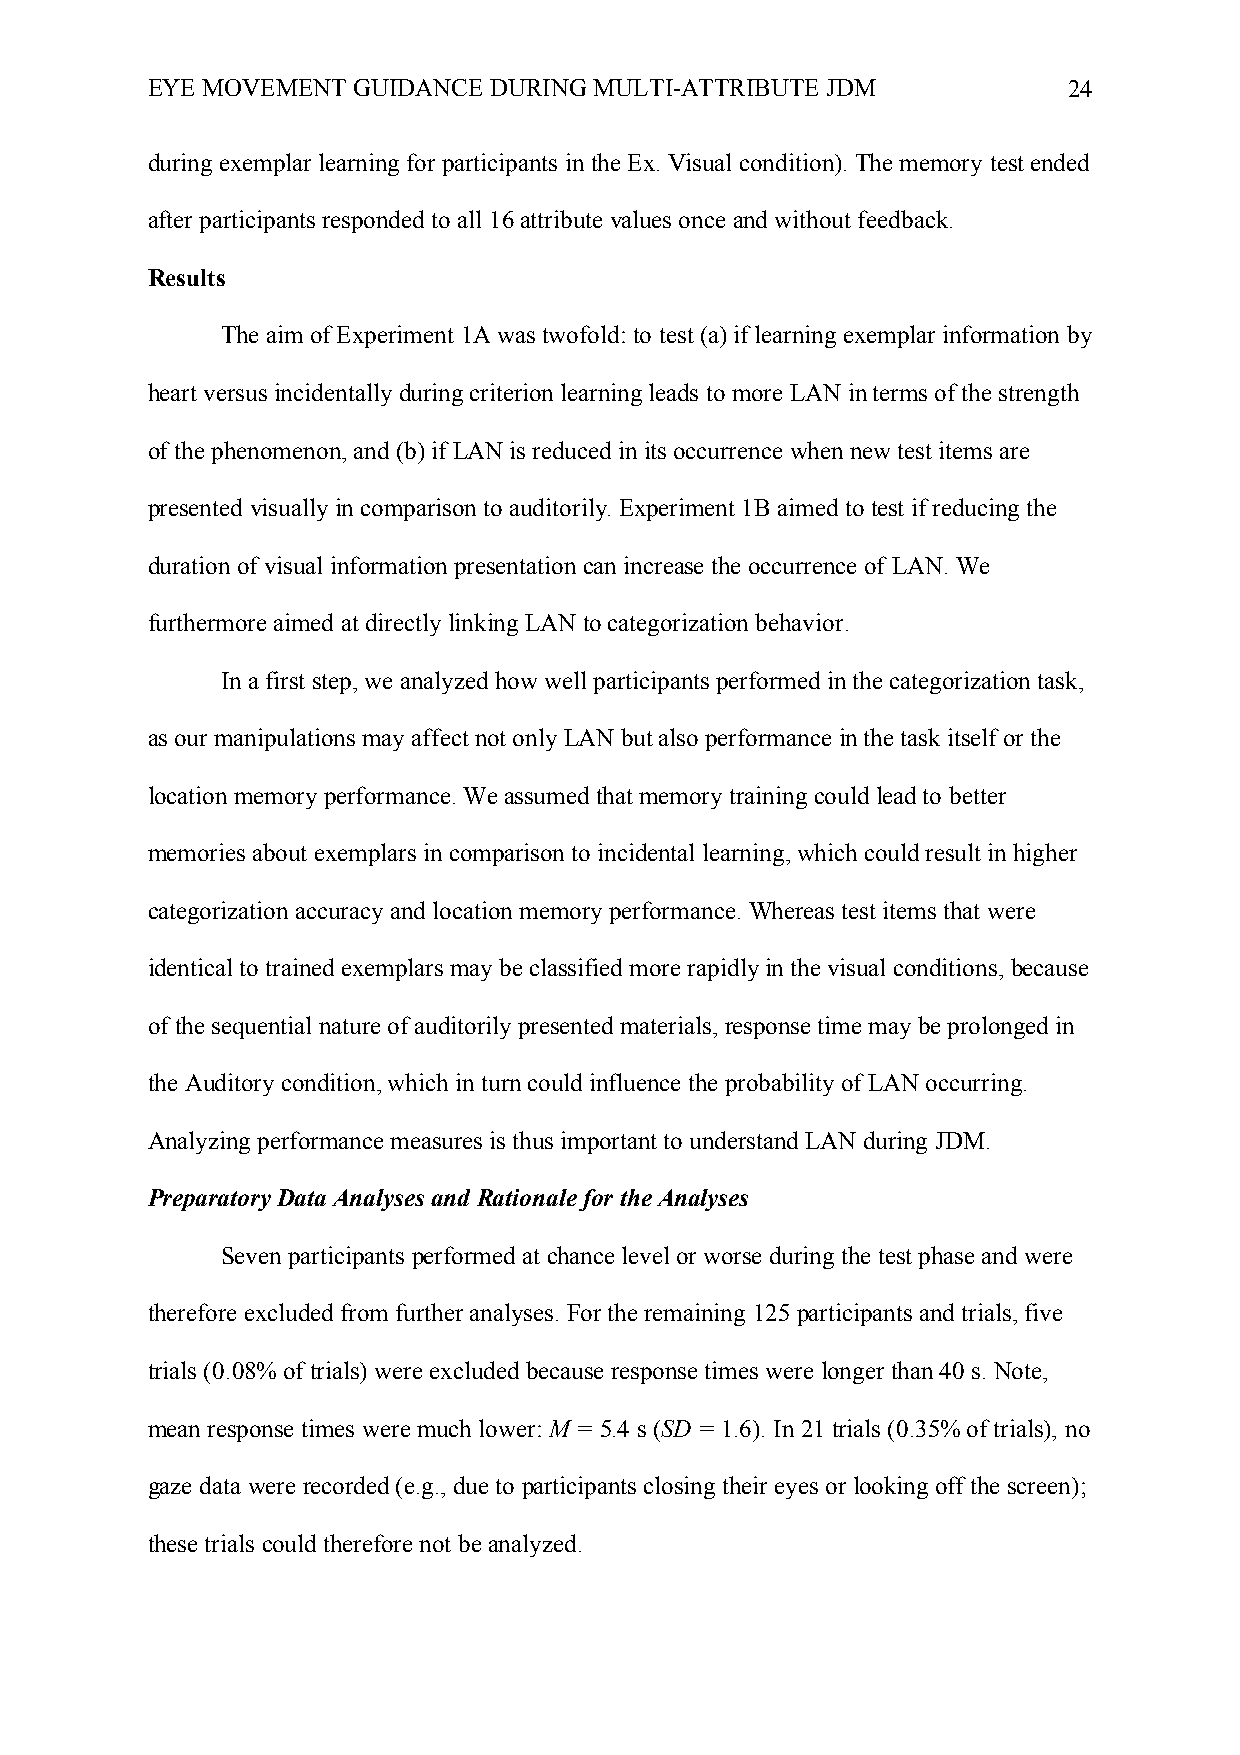
EYE MOVEMENT GUIDANCE DURING MULTI-ATTRIBUTE JDM             24
 during exemplar learning for participants in the Ex. Visual condition). The memory test ended
 after participants responded to all 16 attribute values once and without feedback.
 Results
 The aim of Experiment 1A was twofold: to test (a) if learning exemplar information by
 heart versus incidentally during criterion learning leads to more LAN in terms of the strength
 of the phenomenon, and (b) if LAN is reduced in its occurrence when new test items are
 presented visually in comparison to auditorily. Experiment 1B aimed to test if reducing the
 duration of visual information presentation can increase the occurrence of LAN. We
 furthermore aimed at directly linking LAN to categorization behavior.
 In a first step, we analyzed how well participants performed in the categorization task,
 as our manipulations may affect not only LAN but also performance in the task itself or the
 location memory performance. We assumed that memory training could lead to better
 memories about exemplars in comparison to incidental learning, which could result in higher
 categorization accuracy and location memory performance. Whereas test items that were
 identical to trained exemplars may be classified more rapidly in the visual conditions, because
 of the sequential nature of auditorily presented materials, response time may be prolonged in
 the Auditory condition, which in turn could influence the probability of LAN occurring.
 Analyzing performance measures is thus important to understand LAN during JDM.
 Preparatory Data Analyses and Rationale for the Analyses
 Seven participants performed at chance level or worse during the test phase and were
 therefore excluded from further analyses. For the remaining 125 participants and trials, five
 trials (0.08% of trials) were excluded because response times were longer than 40 s. Note,
 mean response times were much lower: M = 5.4 s (SD = 1.6). In 21 trials (0.35% of trials), no
 gaze data were recorded (e.g., due to participants closing their eyes or looking off the screen);
 these trials could therefore not be analyzed.